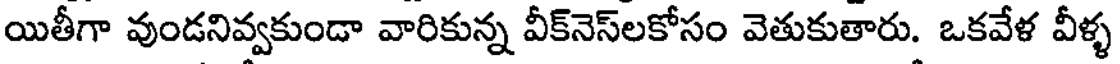
యితీగా వుండనివ్వకుండా వారికున్న వీక్నెస్లకోసం వెతుకుతారు. ఒకవేళ వీళ్ళ